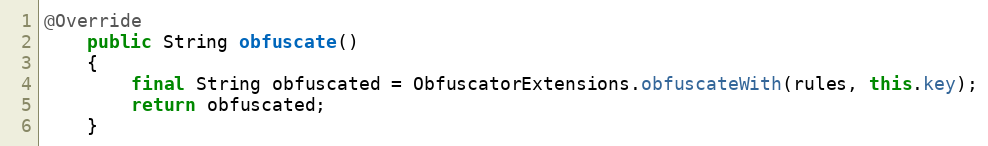
Language: Java
@Override
	public String obfuscate()
	{
		final String obfuscated = ObfuscatorExtensions.obfuscateWith(rules, this.key);
		return obfuscated;
	}